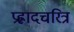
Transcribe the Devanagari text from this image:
प्रह्लादचरित्र